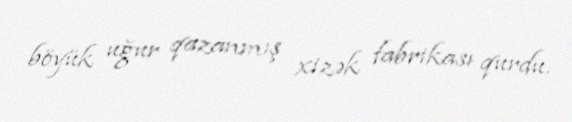
böyük uğur qazanmış xizək fabrikası qurdu.